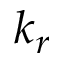
k _ { r }